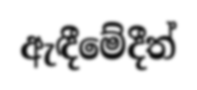
ඇඳීමේදීත්